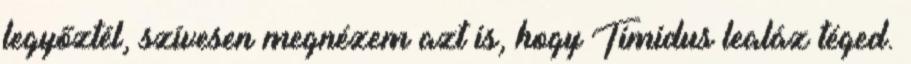
legyőztél, szívesen megnézem azt is, hogy Timidus lealáz téged.